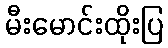
မီးမောင်းထိုးပြ